Statistical return of the lunatic asylum in Assam - 1912-1932
Year: 1912
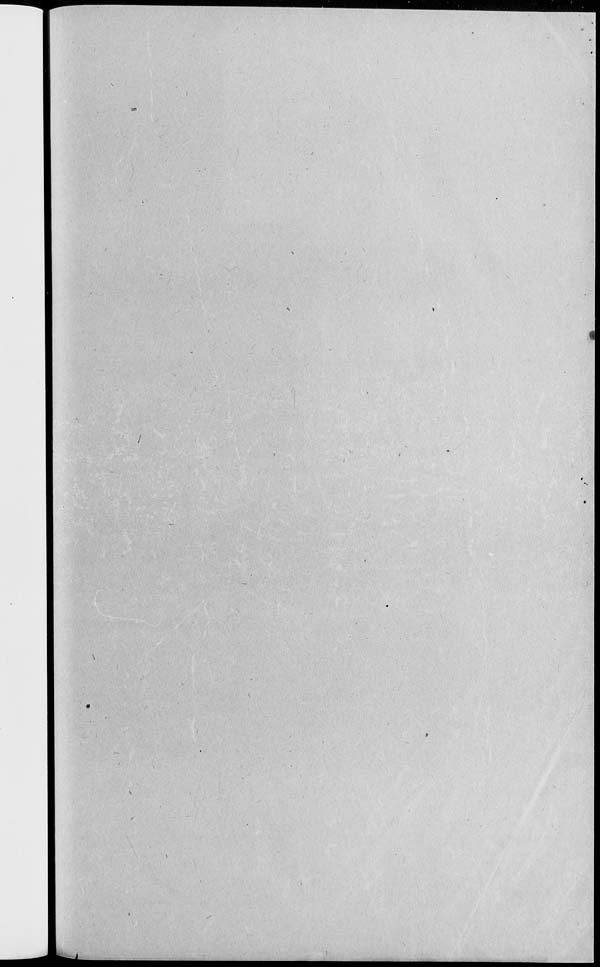
■'